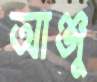
আঞ্জু